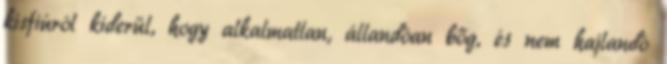
kisfiúról kiderül, hogy alkalmatlan, állandóan bőg, és nem hajlandó